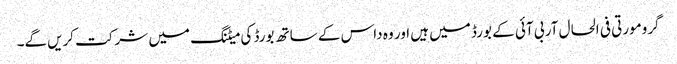
گرومورتی فی الحال آر بی آئی کے بورڈ میں ہیں اور وہ داس کے ساتھ بورڈ کی میٹنگ میں شرکت کریں‌گے۔